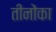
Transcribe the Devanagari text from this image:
तीनोंका